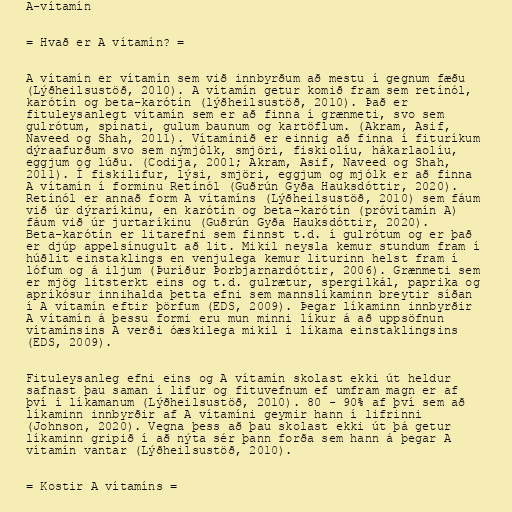
A-vítamín

= Hvað er A vítamín? =

A vítamín er vítamín sem við innbyrðum að mestu í gegnum fæðu
(Lýðheilsustöð, 2010). A vítamín getur komið fram sem retínól,
karótín og beta-karótín (lýðheilsustöð, 2010). Það er
fituleysanlegt vítamín sem er að finna í grænmeti, svo sem
gulrótum, spínati, gulum baunum og kartöflum. (Akram, Asif,
Naveed og Shah, 2011). Vítamínið er einnig að finna í fituríkum
dýraafurðum svo sem nýmjólk, smjöri, fiskiolíu, hákarlaolíu,
eggjum og lúðu. (Codija, 2001; Akram, Asif, Naveed og Shah,
2011). Í fiskilifur, lýsi, smjöri, eggjum og mjólk er að finna
A vítamín í forminu Retínól (Guðrún Gyða Hauksdóttir, 2020).
Retínól er annað form A vítamíns (Lýðheilsustöð, 2010) sem fáum
við úr dýraríkinu, en karótín og beta-karótín (próvítamín A)
fáum við úr jurtaríkinu (Guðrún Gyða Hauksdóttir, 2020).
Beta-karótín er litarefni sem finnst t.d. í gulrótum og er það
er djúp appelsínugult að lit. Mikil neysla kemur stundum fram í
húðlit einstaklings en venjulega kemur liturinn helst fram í
lófum og á iljum (Þuríður Þorbjarnardóttir, 2006). Grænmeti sem
er mjög litsterkt eins og t.d. gulrætur, spergilkál, paprika og
apríkósur innihalda þetta efni sem mannslíkaminn breytir síðan
í A vítamín eftir þörfum (EDS, 2009). Þegar líkaminn innbyrðir
A vítamín á þessu formi eru mun minni líkur á að uppsöfnun
vítamínsins A verði óæskilega mikil í líkama einstaklingsins
(EDS, 2009).

Fituleysanleg efni eins og A vítamín skolast ekki út heldur
safnast þau saman í lifur og fituvefnum ef umfram magn er af
því í líkamanum (Lýðheilsustöð, 2010). 80 - 90% af því sem að
líkaminn innbyrðir af A vítamíni geymir hann í lifrinni
(Johnson, 2020). Vegna þess að þau skolast ekki út þá getur
líkaminn gripið í að nýta sér þann forða sem hann á þegar A
vítamín vantar (Lýðheilsustöð, 2010).

= Kostir A vítamíns =